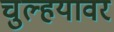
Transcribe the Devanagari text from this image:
चुल्हयावर